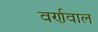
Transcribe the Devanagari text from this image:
वर्णवाल